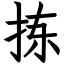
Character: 拣